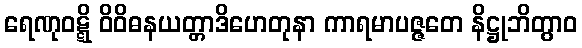
ရေဏုဝဋ္ဋိ ဝိဝိဓနယတ္တာဒိဟေတုနာ ကာရမာပဇ္ဇတေ နိဋ္ဌုဘိတွာဝ